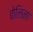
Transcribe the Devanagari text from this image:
बोलिना